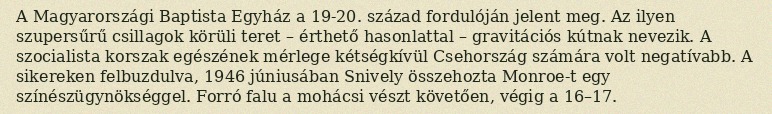
A Magyarországi Baptista Egyház a 19-20. század fordulóján jelent meg. Az ilyen szupersűrű csillagok körüli teret – érthető hasonlattal – gravitációs kútnak nevezik. A szocialista korszak egészének mérlege kétségkívül Csehország számára volt negatívabb. A sikereken felbuzdulva, 1946 júniusában Snively összehozta Monroe-t egy színészügynökséggel. Forró falu a mohácsi vészt követően, végig a 16–17.